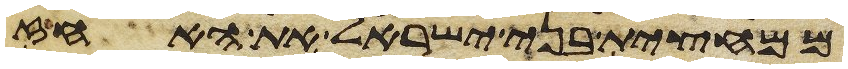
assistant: ממחצית בני ישראל את האחז